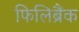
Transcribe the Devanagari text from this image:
फिलिब्रैंक